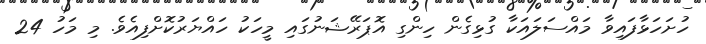
ހުށަހަޅާފައިވާ މައްސަލައަކާ ގުޅިގެން ހިންގި އޮޕަރޭޝަނުގައި މީހަކު ހައްޔަރުކޮށްފިއެވެ. މި މަހު 24